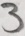
3